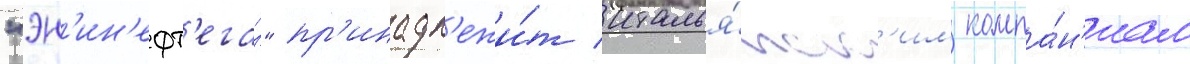
"эн'ин'ефт'егаз" пр'инадл'ежи́т италья́нск'им компа́н'иам